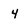
Character: 4